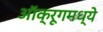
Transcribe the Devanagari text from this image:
ऑक्रूगमध्ये